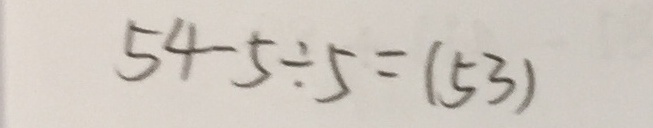
5 4 - 5 \div 5 = ( 5 3 )